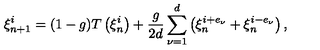
\xi _ { n + 1 } ^ { i } = ( 1 - g ) T \left( \xi _ { n } ^ { i } \right) + \frac { g } { 2 d } \sum _ { \nu = 1 } ^ { d } \left( \xi _ { n } ^ { i + e _ { \nu } } + \xi _ { n } ^ { i - e _ { \nu } } \right) ,